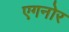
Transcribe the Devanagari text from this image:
एगनोर